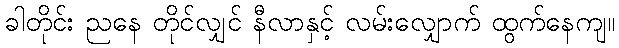
ခါတိုင်း ညနေ တိုင်လျှင် နီလာနှင့် လမ်းလျှောက် ထွက်နေကျ။